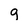
Character: g